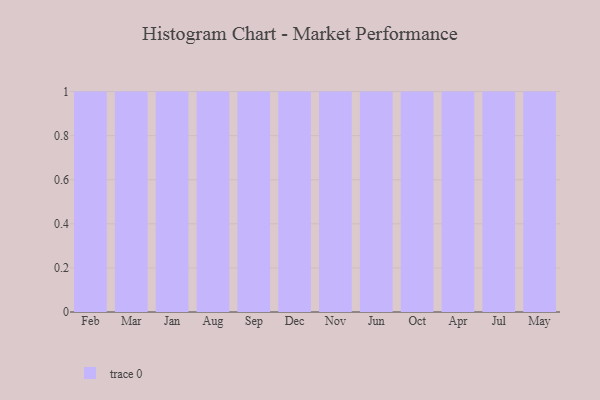
{"axis": {"x": "Month", "y": "Demand Index"}, "legend": [""], "data": [{"x": "Feb", "y": 21, "type": ""}, {"x": "Mar", "y": 3, "type": ""}, {"x": "Jan", "y": 98, "type": ""}, {"x": "Aug", "y": 62, "type": ""}, {"x": "Sep", "y": 48, "type": ""}, {"x": "Dec", "y": 51, "type": ""}, {"x": "Nov", "y": 28, "type": ""}, {"x": "Jun", "y": 32, "type": ""}, {"x": "Oct", "y": 56, "type": ""}, {"x": "Apr", "y": 49, "type": ""}, {"x": "Jul", "y": 85, "type": ""}, {"x": "May", "y": 35, "type": ""}]}